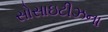
સોસાઇટીઝના